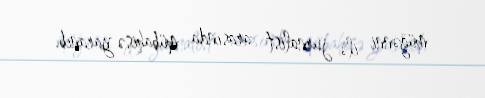
müğənni ilə jurnalist arasında mübahisə yaranıb.